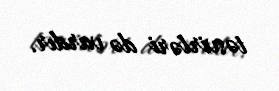
təsvirləri də vardır.